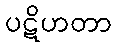
ပဋိဟတာ